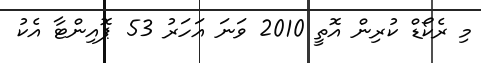
މި ރެކޯޑް ކުރިން އޮތީ 2010 ވަނަ އަހަރު 53 ޕޮއިންޓާ އެކު